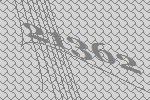
21362